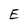
Character: E